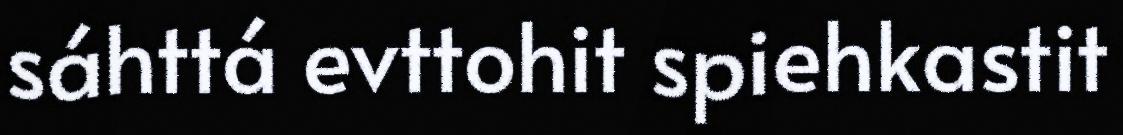
sáhttá evttohit spiehkastit